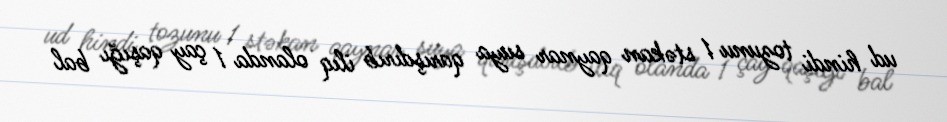
ud hindi tozunu 1 stəkan qaynar suya qarışdırıb ilıq olanda 1 çay qaşığı bal